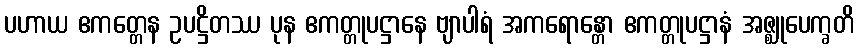
ပဟာယ ဧကတ္တေန ဥပဋ္ဌိတဿ ပုန ဧကတ္တုပဋ္ဌာနေ ဗျာပါရံ အကရောန္တော ဧကတ္တုပဋ္ဌာနံ အဇ္ဈုပေက္ခတိ